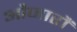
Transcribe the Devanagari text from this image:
औजारौं